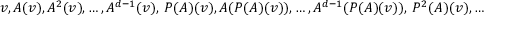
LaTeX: v , A ( v ) , A ^ { 2 } ( v ) , \ldots , A ^ { d - 1 } ( v ) , ~ P ( A ) ( v ) , A ( P ( A ) ( v ) ) , \ldots , A ^ { d - 1 } ( P ( A ) ( v ) ) , ~ P ^ { 2 } ( A ) ( v ) , \ldots , ~ P ^ { k - 1 } ( A ) ( v ) , \ldots , A ^ { d - 1 } ( P ^ { k - 1 } ( A ) ( v ) )